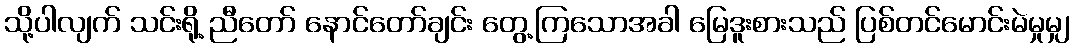
သို့ပါလျက် သင်းရို့ ညီတော် နောင်တော်ချင်း တွေ့ကြသောအခါ မြေဒူးစားသည် ပြစ်တင်မောင်းမဲမှုမျှ